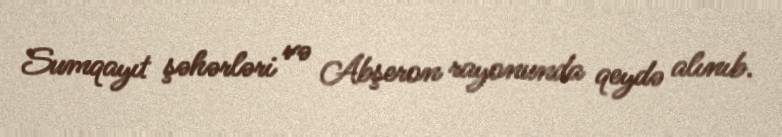
Sumqayıt şəhərləri və Abşeron rayonunda qeydə alınıb.